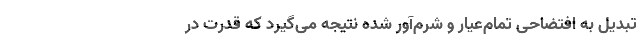
تبدیل به افتضاحی تمام‌عیار و شرم‌آور شده نتیجه می‌گیرد که قدرت در